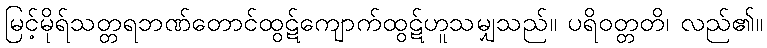
မြင့်မိုရ်သတ္တရဘဏ်တောင်ထွဋ်ကျောက်ထွဋ်ဟူသမျှသည်။ ပရိဝတ္တတိ၊ လည်၏။